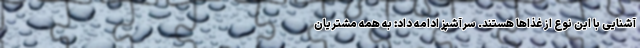
آشنایی با این نوع از غذاها هستند. سرآشپز ادامه داد: به همه مشتریان